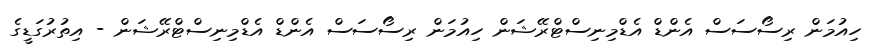
ހިއުމަން ރިސޯސަސް އެންޑް އެޑްމިނިސްޓްރޭޝަން ހިއުމަން ރިސޯސަސް އެންޑް އެޑްމިނިސްޓްރޭޝަން - އިތުރުގަޑީގެ